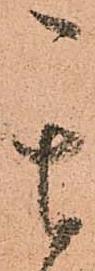
其